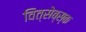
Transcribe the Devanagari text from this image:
वित्सेब्स्क